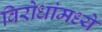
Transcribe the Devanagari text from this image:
विरोधांमध्ये